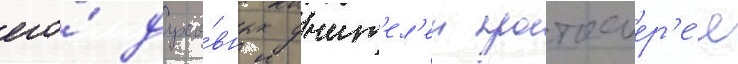
его́ духо́вных учит'ел'еи протоиер'е́я